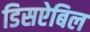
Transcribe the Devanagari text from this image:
डिसऐबिल